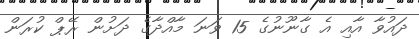
ދައުވާ އާއި އެ ގާނޫނުގެ 15 ވަނަ މާއްދާގެ ދަށުން ރޭޕް ކުރަން